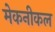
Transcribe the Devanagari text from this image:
मेकनीकल